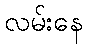
လမ်းနေ